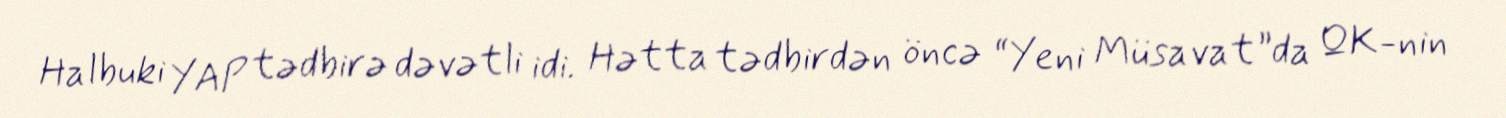
Halbuki YAP tədbirə dəvətli idi. Hətta tədbirdən öncə “Yeni Müsavat”da QK-nin